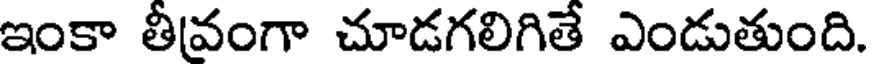
ఇంకా తీవంగా చూడగలిగితే ఎండుతుంది.